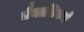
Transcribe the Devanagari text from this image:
त्रैमाशिकचे